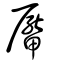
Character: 厴